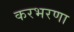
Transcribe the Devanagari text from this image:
करभरणा